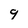
Character: 9